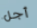
أجل